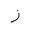
Letter: _zay